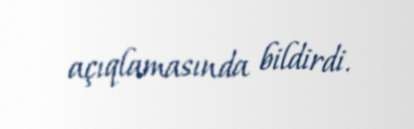
açıqlamasında bildirdi.